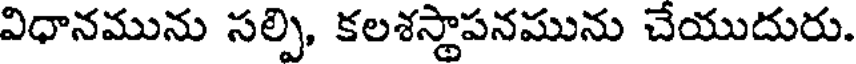
విధానమును సల్పి, కలశస్థాపనమును చేయుదురు.